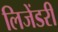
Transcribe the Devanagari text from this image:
लिजेंडरी